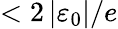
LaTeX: <2\left\vert\varepsilon_{0}\right\vert/e